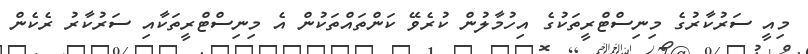
މިއީ ސަރުކާރުގެ މިނިސްޓްރީތަކުގެ އިހުމާލުން ކުރެވޭ ކަންތައްތަކުން އެ މިނިސްޓްރީތަކާއި ސަރުކާރު ރެކެން